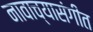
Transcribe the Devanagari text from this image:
नावाच्यासंगीत